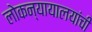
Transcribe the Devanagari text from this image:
लोकन्यायालयांची